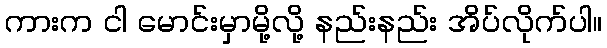
ကားက ငါ မောင်းမှာမို့လို့ နည်းနည်း အိပ်လိုက်ပါ။